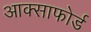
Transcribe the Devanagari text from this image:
आक्साफोर्ड